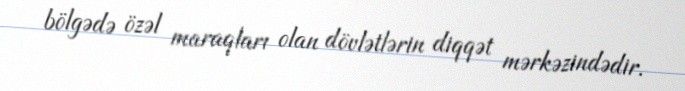
bölgədə özəl maraqları olan dövlətlərin diqqət mərkəzindədir.